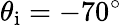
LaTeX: \theta_{\mathrm{i}}=-70^{\circ}